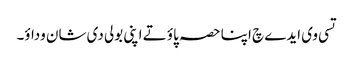
تسی وی ایدے چ اپنا حصہ پاؤ تے اپنی بولی دی شان وداؤ۔